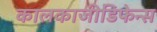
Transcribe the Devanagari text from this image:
कालकाजीडिफेन्स